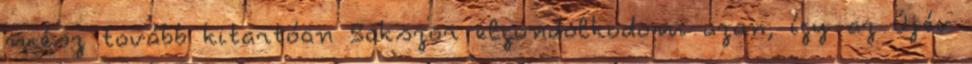
mész tovább kitartóan Sokszor elgondolkodom azon, így az Újév